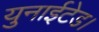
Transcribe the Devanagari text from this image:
युनाईटेड।